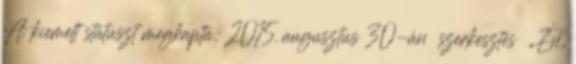
A kiemelt státuszt megkapta: 2015. augusztus 30-án szerkesztés „Én,